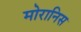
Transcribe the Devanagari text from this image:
मोरानिस